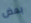
بعض